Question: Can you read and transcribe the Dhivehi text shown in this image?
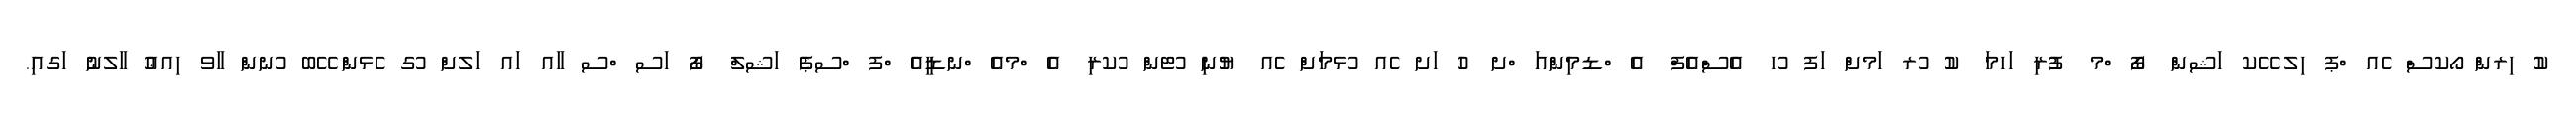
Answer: ކު ިރން ޯކސް ެއ ްޕ ިލ ޭކ ަޝން ފޯ ްމ ފުރި ަހމަ ކު ުރ ަމށް ަފ ުހ އެސްއެފް އެ ްޑމިންއަ ްށ ހު ަށ ެއ ުޅމަށް ެއ ޔުނި ުޓން ުކރި އެ ްމއެ ްނޑީއެ ްފ ްސޕެ ަޝލް ފޯ ަސ ްސ ާއ ައ ަލށް ުގ ެޅން ޭބ ުނން ާވ ިއޢު ާލނު ަގއި.